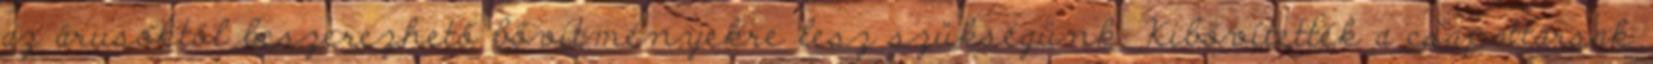
az árusoktól beszerezhető bővítményekre lesz szükségünk. Kibővítették a csapattársak